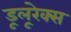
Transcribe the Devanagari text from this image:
डूलूरेक्स